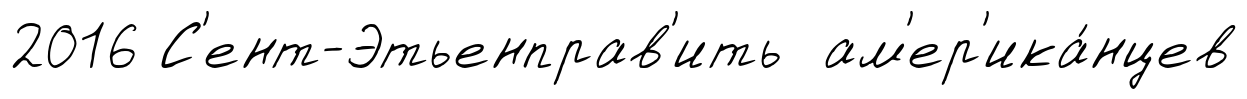
2016 С'ент-Этьенправ'ить ам'ер'ика́нцев